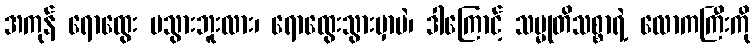
အကုန် ရောထွေး မသွားဘူးလား၊ ရောထွေးသွားမှာပဲ၊ ဒါကြောင့် သမ္မုတိသစ္စာရဲ့ လောကကြီးကို